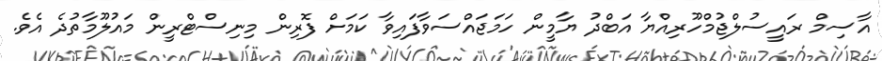
އާސިމް ރައީސުލްޖުމްހޫރިއްޔާ އަބްދު ޔާމީން ހަަމަޖައްސަވާފައިވާ ކަމަށް ފޮރިން މިނިސްޓްރީން މައުލޫމާތުދެ އެވެ.